Civil Veterinary Department Bengal reports 1923-33 - 1923-1933
Year: 1923
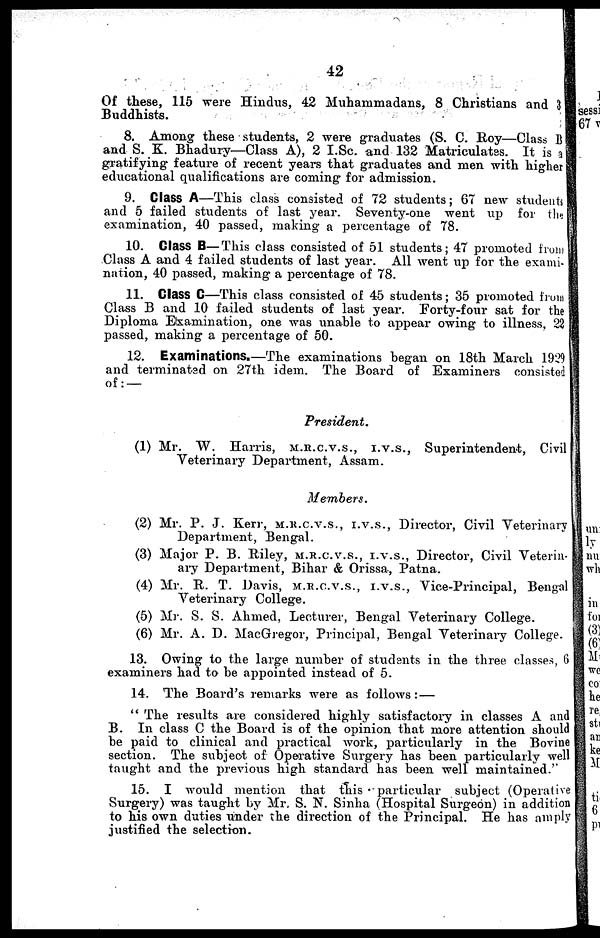
42
Of these, 115 were Hindus, 42 Muhammadans, 8 Christians and 3
Buddhists.
8. Among these students, 2 were graduates (S. C. Roy—Class B
and S. K. Bhadury—Class A), 2 I.Sc. and 132 Matriculates. It is a
gratifying feature of recent years that graduates and men with higher
educational qualifications are coming for admission.
9. Class A—This class consisted of 72 students; 67 new students
and 5 failed students of last year. Seventy-one went up for the
examination, 40 passed, making a percentage of 78.
10. Class B—This class consisted of 51 students; 47 promoted from
Class A and 4 failed students of last year. All went up for the exami-
nation, 40 passed, making a percentage of 78.
11. Class C—This class consisted of 45 students; 35 promoted from
Class B and 10 failed students of last year. Forty-four sat for the
Diploma Examination, one was unable to appear owing to illness. 22
passed, making a percentage of 50.
12. Examinations.—The examinations began on 18th March 1929
and terminated on 27th idem. The Board of Examiners consisted
of: —
President.
(1) Mr. W. Harris, M.R.C.V.S., I.V.S., Superintendent, Civil
Veterinary Department, Assam.
Members.
(2) Mr. P. J. Kerr, M.R.C.V.S., I.V.S. Director, Civil Veterinary
Department, Bengal.
(3) Major P. B. Riley, M.R.C.V.S., I.V.S., Director, Civil Veterin-
ary Department, Bihar & Orissa, Patna.
(4) Mr. R. T. Davis, M.R.C.V.S., I.V.S., Vice-Principal, Bengal
Veterinary College.
(5) Mr. S. S. Ahmed, Lecturer, Bengal Veterinary College.
(6) Mr. A. D. MacGregor, Principal, Bengal Veterinary College.
13. Owing to the large number of students in the three classes, 6
examiners had to be appointed instead of 5.
14. The Board's remarks were as follows: —
" The results are considered highly satisfactory in classes A and
B. In class C the Board is of the opinion that more attention should
be paid to clinical and practical work, particularly in the Bovine
section. The subject of Operative Surgery has been particularly well
taught and the previous high standard has been well maintained."
15. I would mention that this particular subject (Operative
Surgery) was taught by Mr. S. N. Sinha (Hospital Surgeon) in addition
to his own duties under the direction of the Principal. He has amply
justified the selection.